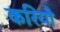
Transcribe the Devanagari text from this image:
करियौ